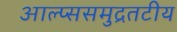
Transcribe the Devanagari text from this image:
आल्प्ससमुद्रतटीय